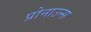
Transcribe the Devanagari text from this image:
प्रोनाउन्स